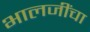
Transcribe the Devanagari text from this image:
भालजींचा